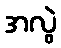
အလွဲ